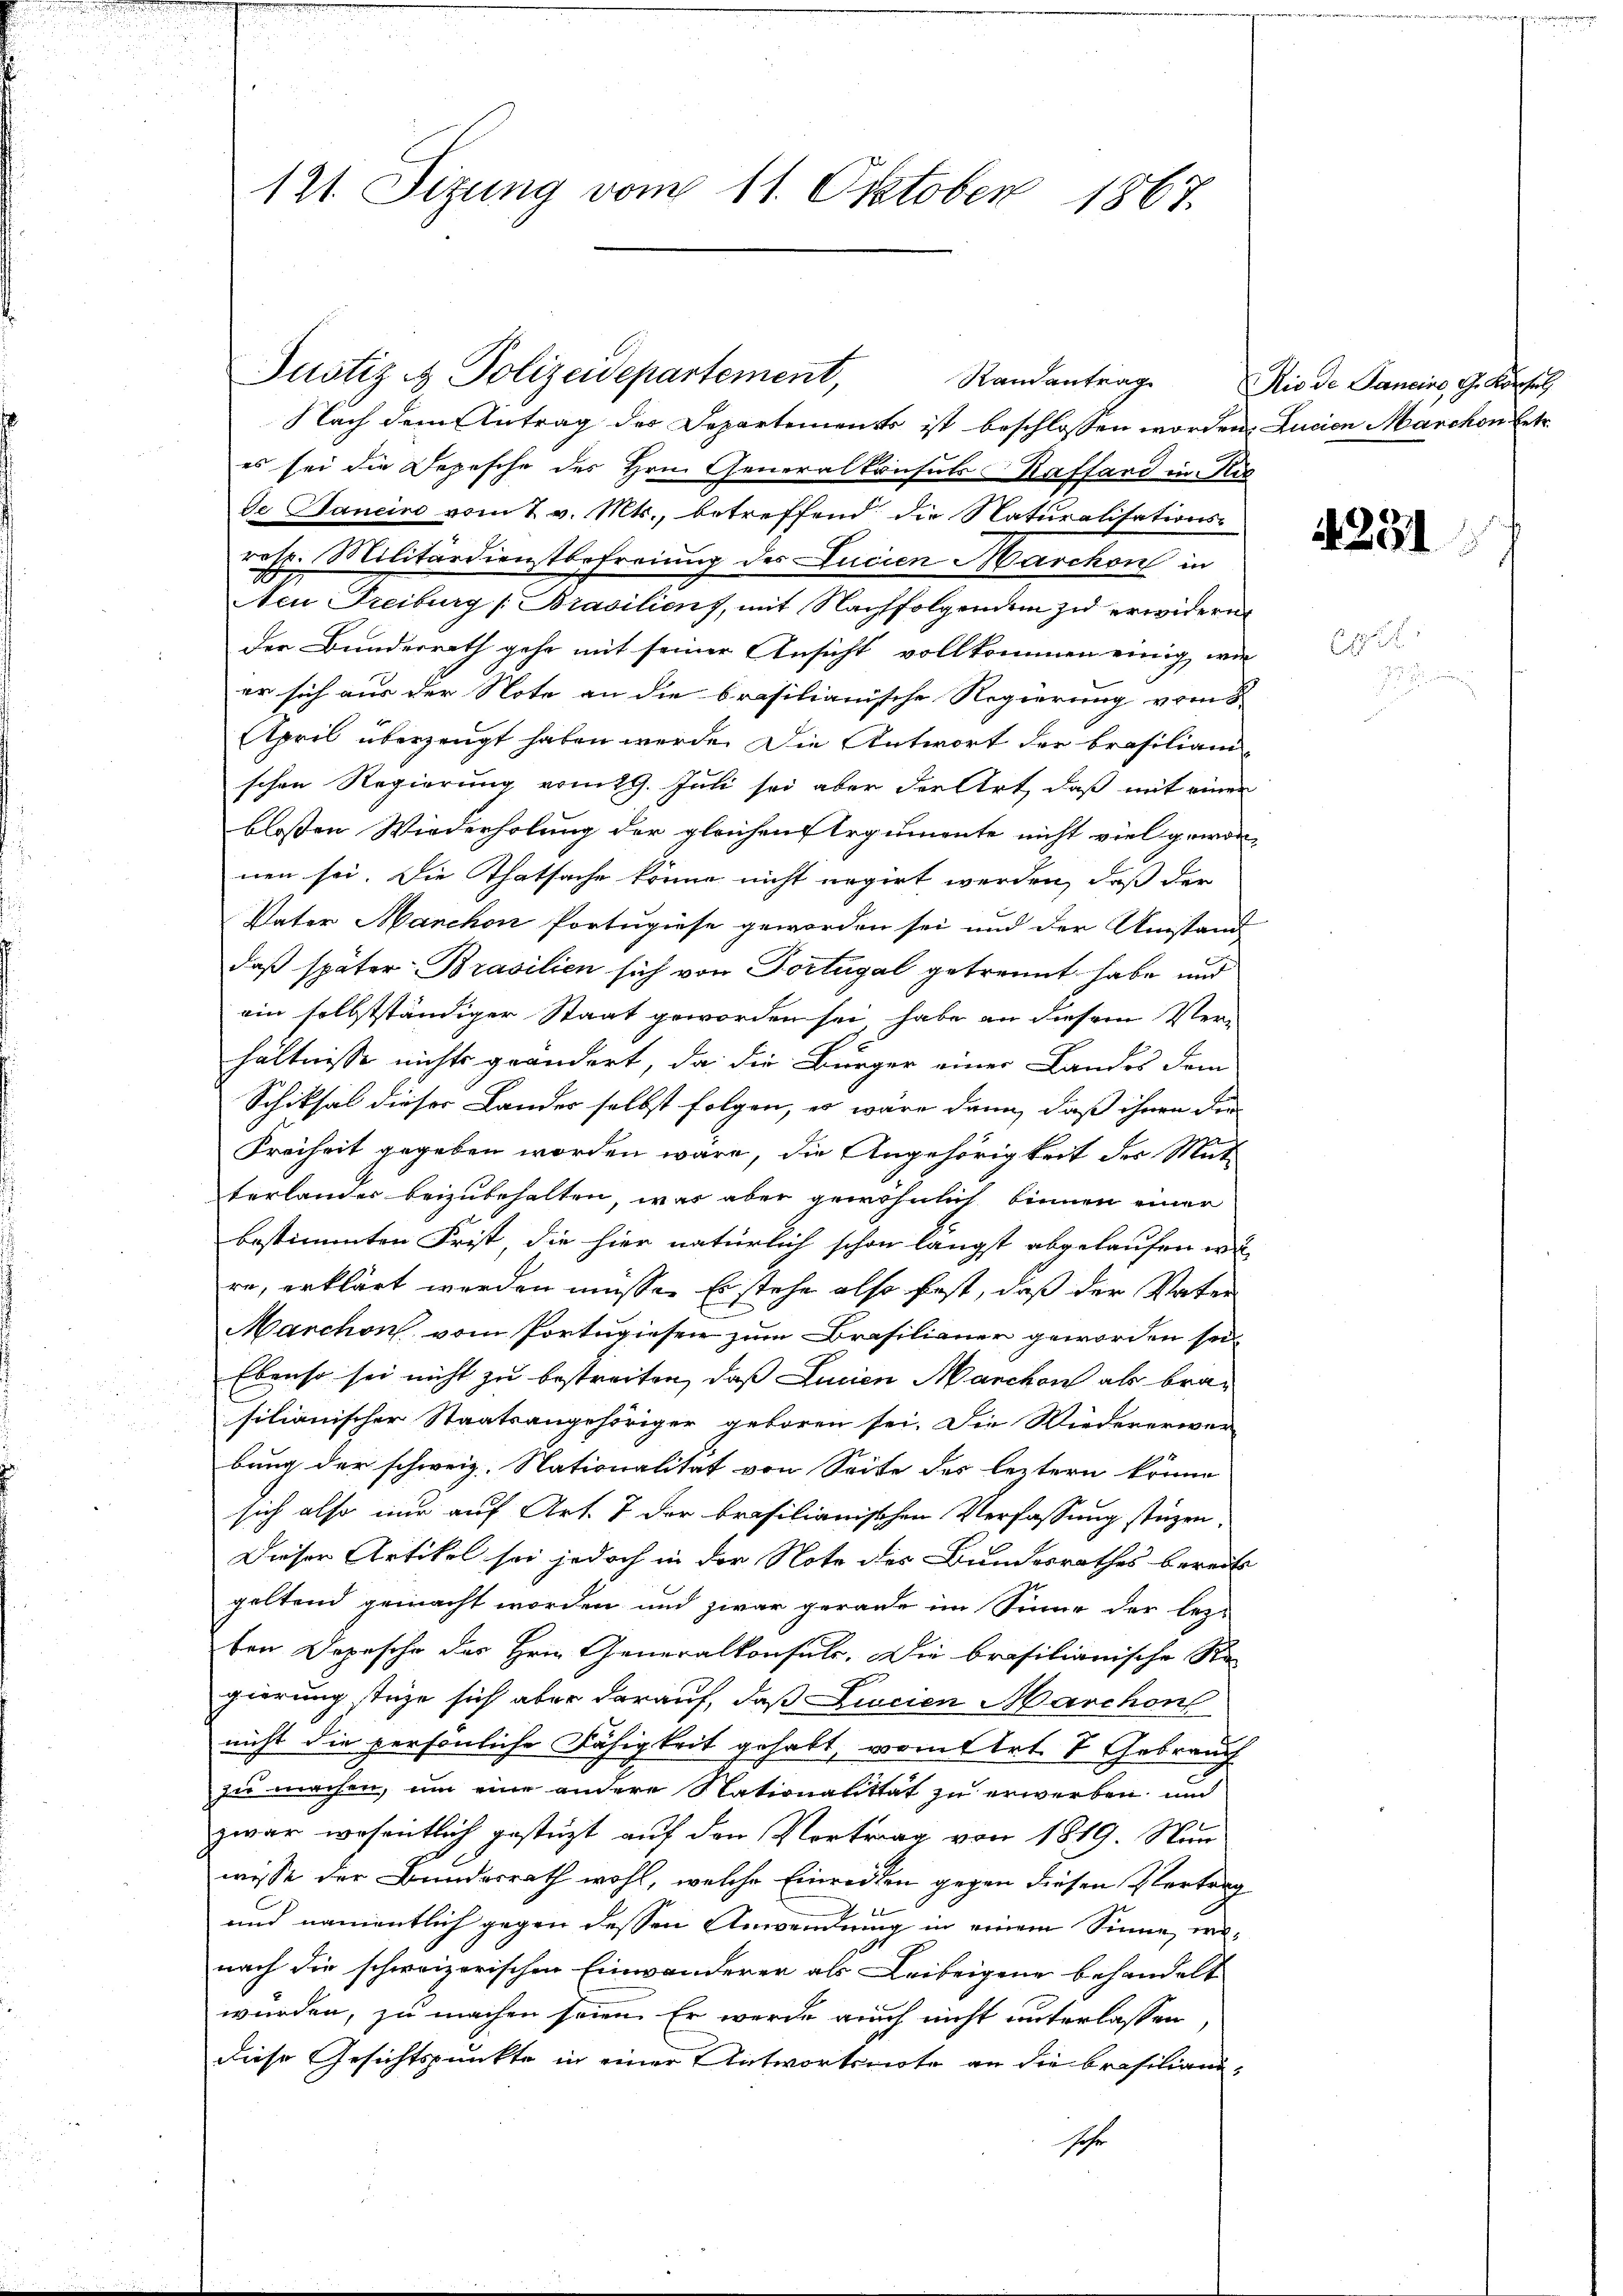
Nach dem Antrag des Departements ist beschlossen worden. Lucian Marchon betr.
es sei die Depesche des Hrn. Generalkonsuls-Baffand in Ric
de Daneine vom 7 v. Mts., betreffend die Naturalisations-
rosp. Militärdienstbefreiung des Lucien Marchon in
Nen Freiburg /:Brasiliens, mit Nachfolgenden zu erwidern
der Bundesrath gehe mit seiner Ansicht vollkommen einig, wie
er sich aus der Note an die Brasilianische Regierung vom
April überzeugt haben werde. Die Antwort der Brasiliam
schen Regierung vom 19. Juli sei aber der Art, daß mit einen
blossen Wiederholung der gleichen Argumente nicht viel gewor-
nen sei. Die Thatsache könne nicht negirt werden, daß der
Vater Manchen Portugiese geworden sei und der Umstand
daß später Brasilien sich von Dortugal getrennt habe und
ein selbstständiger Staat geworden sei, habe an diesem Ver-
hältnisse nichts geändert, da die Bürger einer Landes dem
Schiksal dieser Landes selbst folgen, es wäre dann, daß ihnen die
Freiheit gegeben worden wäre, die Angehörigkeit des Mut
terlander beizubehalten, was aber gewöhnlich binnen einer
bestimmten Frist, die hier natürlich schon längst abgelaufen wu
re, erklärt werden müsse. Er stehe also fest, daß der Vater
Marchon vom Portugiesen zum Brasilianer geworden sei.
Ebenso sei nicht zu bestreiten, daß Lucien Manchon als brasilianischer Staatsangehöriger geboren sei. Die Wiedererwer
bung der schweiz. Nationalität von Seite des leztern könne
sich also nur auf Art. 7 der brasilianischen Verfassung stüzen.
Dieser Artikel sei jedoch in der Note des Bundesrathes bereits
geltend gemacht worden und zwar gerade im Sinne der lez-
ben Depesche des Hrn. Generalkonsuls. Die brasilianische Re-
gierung stehe sich aber darauf, daß Ziscien Marchon
nicht die persönliche Fähigkeit gehabt, vom 1 Art. 7 Gebrauch
zu machen, um eine andere Nationalität zu erwerben, und
zwar wesentlich gestüzt auf den Vortrag von 1819. Nun
wisse der Bundesrath wohl, welche Einreiten gegen diesen Vertrag
und namentlich gegen dessen Anwendung in einem Sinne wenach die schweizerischen Einwanderer als Leibeigene behandelt
würden, zu machen seien. Er werde auch nicht unterlassen,
diese Gesichtspunkte in einer Antwortsnote an die Brasiliandsehr

121. Sitzung vom 11. Oktober 1867.

Justiz & Polizeidepartement,

Randantrag Rio de Sancino, G. Konsul

4231

e

e